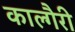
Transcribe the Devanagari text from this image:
काल्गैरी